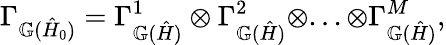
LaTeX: \Gamma_{\mathbb{G}(\hat{H}_{0})}=\Gamma_{\mathbb{G}(\hat{H})}^{1}\otimes\Gamma_{\mathbb{G}(\hat{H})}^{2}\otimes...\otimes\Gamma_{\mathbb{G}(\hat{H})}^{M},